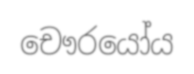
චෞරයෝය